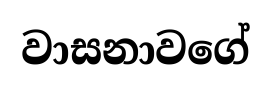
වාසනාවගේ